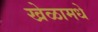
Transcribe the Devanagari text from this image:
खेळामधे